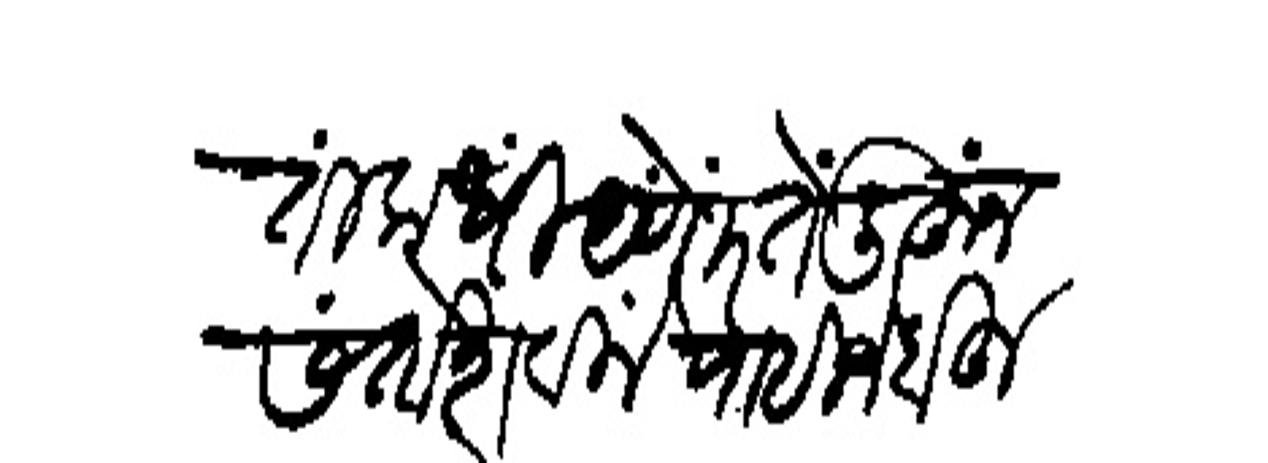
Transliteration (Devanagari): बहुत काये लिहिणे कृपा लोभ आसों दिल्ही पाहिजे है विनंती